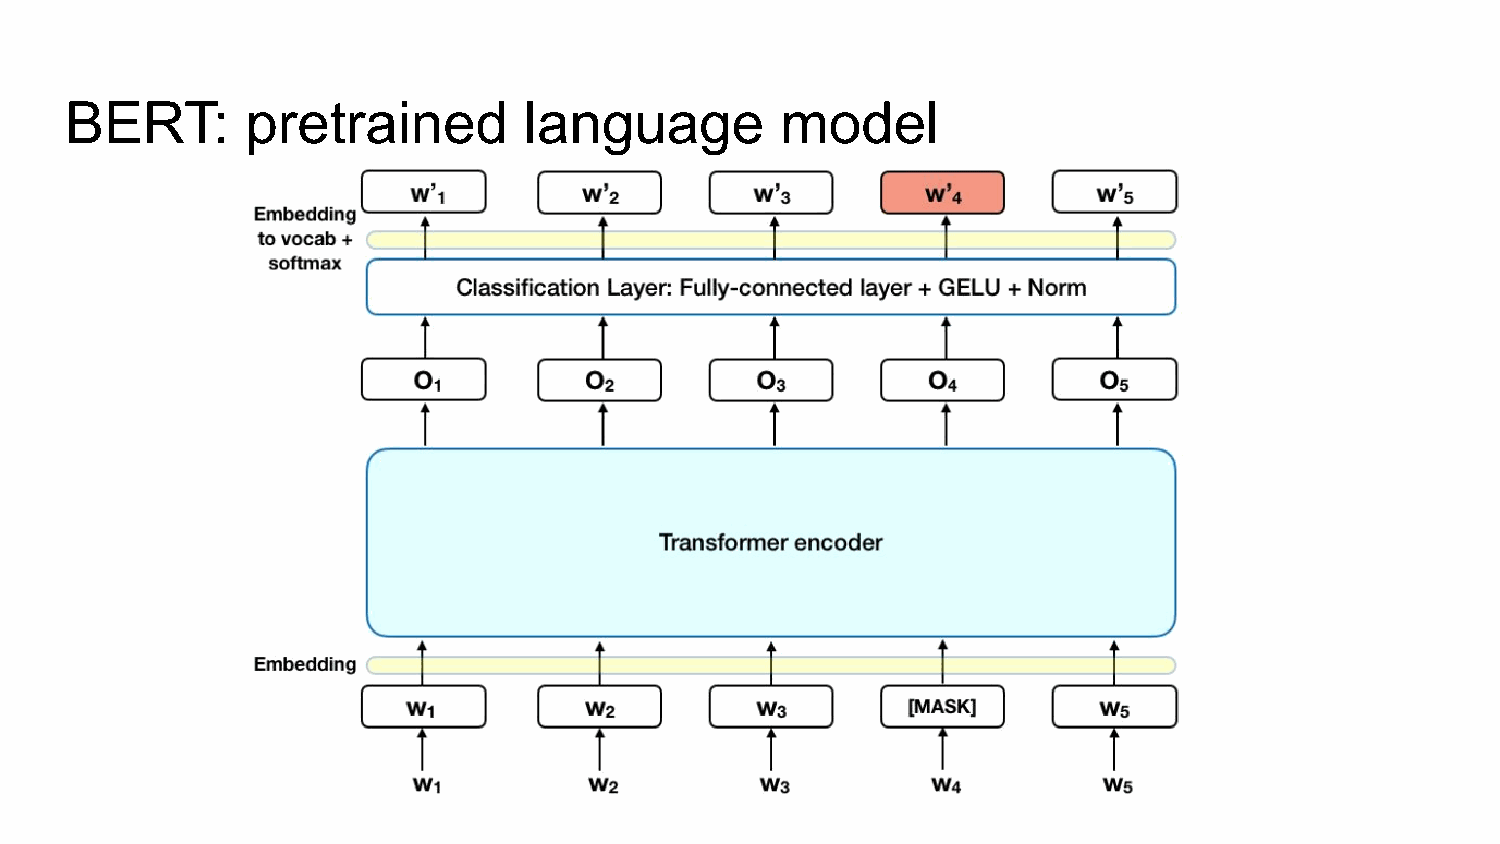
BERT:       pretrained         language         model